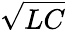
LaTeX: \sqrt{LC}